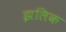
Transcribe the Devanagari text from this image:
झलिक